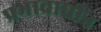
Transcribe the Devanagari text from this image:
प्रभावाधीन